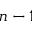
n - 1